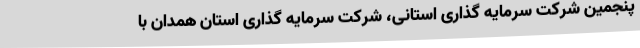
پنجمین شرکت سرمایه گذاری استانی، شرکت سرمایه گذاری استان همدان با